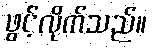
ဖွင့်လိုက်သည်။